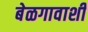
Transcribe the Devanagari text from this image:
बेळगावाशी